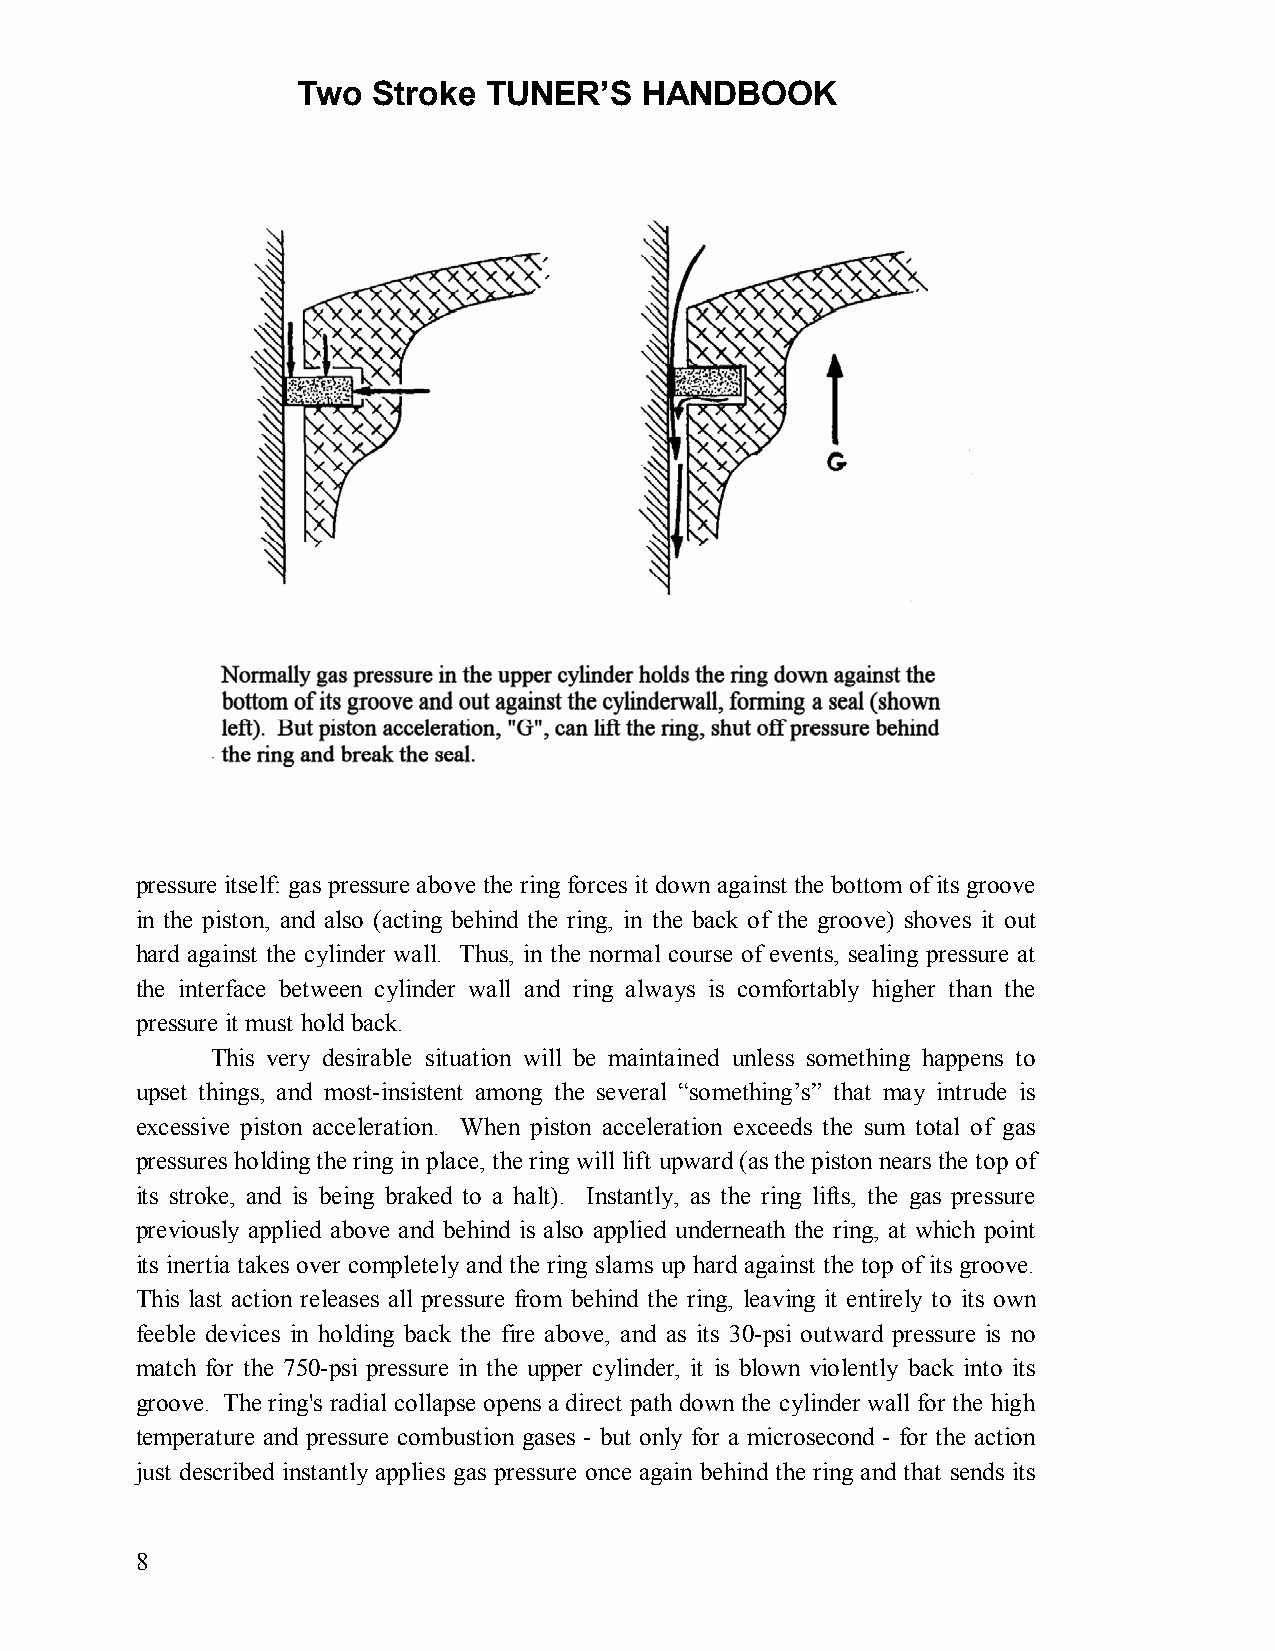
Two  Stroke TUNER’S   HANDBOOK
 pressure itself: gas pressure above the ring forces it down against the bottom of its groove
 in the piston, and also (acting behind the ring, in the back of the groove) shoves it out
 hard against the cylinder wall. Thus, in the normal course of events, sealing pressure at
 the interface between cylinder wall and ring always is comfortably higher than the
 pressure it must hold back.
 This very desirable situation will be maintained unless something happens to
 upset things, and most-insistent among the several “something’s” that may intrude is
 excessive piston acceleration. When piston acceleration exceeds the sum total of gas
 pressures holding the ring in place, the ring will lift upward (as the piston nears the top of
 its stroke, and is being braked to a halt). Instantly, as the ring lifts, the gas pressure
 previously applied above and behind is also applied underneath the ring, at which point
 its inertia takes over completely and the ring slams up hard against the top of its groove.
 This last action releases all pressure from behind the ring, leaving it entirely to its own
 feeble devices in holding back the fire above, and as its 30-psi outward pressure is no
 match for the 750-psi pressure in the upper cylinder, it is blown violently back into its
 groove. The ring's radial collapse opens a direct path down the cylinder wall for the high
 temperature and pressure combustion gases - but only for a microsecond - for the action
 just described instantly applies gas pressure once again behind the ring and that sends its
 8